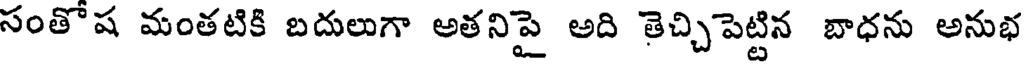
సంతొష మంతటికి బదులుగా అతనిపై అది తెచ్చిపెట్టిన బాధను అనుభ